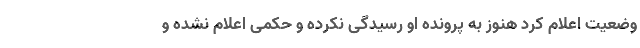
وضعیت اعلام کرد هنوز به پرونده او رسیدگی نکرده و حکمی اعلام نشده و